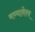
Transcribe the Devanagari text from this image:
मय्यावेश्य